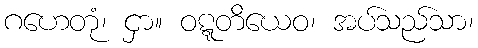
ဂဟေတုံ၊ ငှာ။ ဝဋ္ဋတိယေဝ၊ အပ်သည်သာ၊